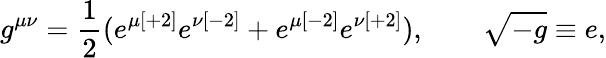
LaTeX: g^{\mu\nu}={\frac{1}{2}}(e^{\mu{[+2]}}e^{\nu{[-2]}}+e^{\mu{[-2]}}e^{\nu{[+2]}}),\qquad\sqrt{-g}\equiv e,